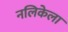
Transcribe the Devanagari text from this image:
नलिकेला